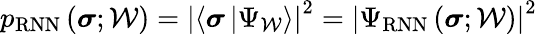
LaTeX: p_{\mathrm{RNN}}\left(\boldsymbol{\sigma};\mathcal{W}\right)=\left|\langle\boldsymbol{\sigma}\left|\Psi_{\mathcal{W}}\right.\rangle\right|^{2}=\left|\Psi_{\mathrm{RNN}}\left(\boldsymbol{\sigma};\mathcal{W}\right)\right|^{2}